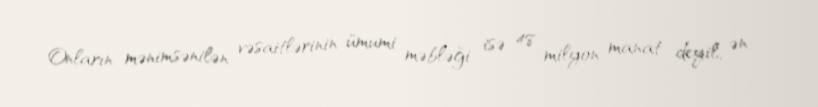
Onların mənimsənilən vəsaitlərinin ümumi məbləği isə 48 milyon manat deyil, ən